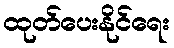
ထုတ်ပေးနိုင်ရေး